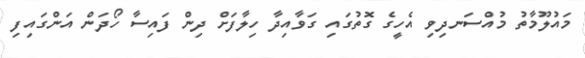
މައުލޫމާތު މުއްސަނދިވި އެހީގެ ގޮތުގައި ގަވާއިދާ ހިލާފަށް ދިން ފައިސާ ހޯދަން އަންގައިފި